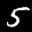
Label: 5